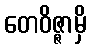
တေဝိဇ္ဇာမှိ